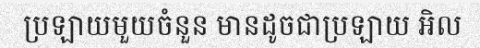
ប្រឡាយមួយចំនួន មានដូចជាប្រឡាយ អិល